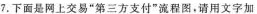
7.下面是网上交易”第三方支付”流程图，请用文字加